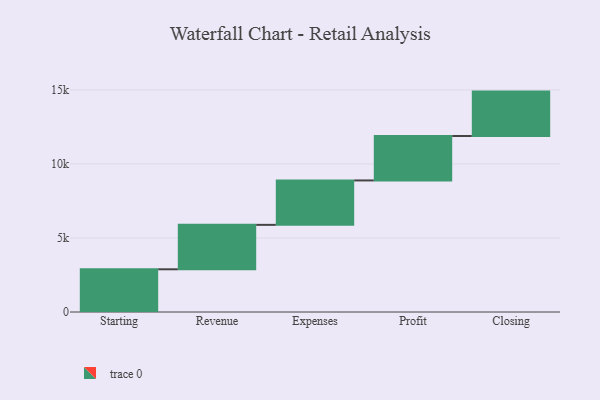
{"axis": {"x": "Step", "y": "Value"}, "legend": [""], "data": [{"x": "Starting", "y": 2885.0, "type": ""}, {"x": "Revenue", "y": 3000, "type": ""}, {"x": "Expenses", "y": 3000, "type": ""}, {"x": "Profit", "y": 3000, "type": ""}, {"x": "Closing", "y": 3000, "type": ""}]}